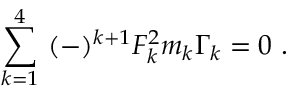
\sum _ { k = 1 } ^ { 4 } ~ ( - ) ^ { k + 1 } F _ { k } ^ { 2 } m _ { k } \Gamma _ { k } = 0 \ .